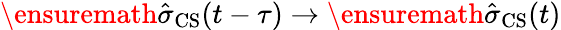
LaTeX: \ensuremath{\hat{\sigma}}_{\mathrm{CS}}(t-\tau)\to\ensuremath{\hat{\sigma}}_{\mathrm{CS}}(t)